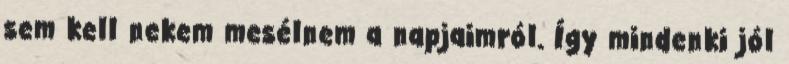
sem kell nekem mesélnem a napjaimról. Így mindenki jól